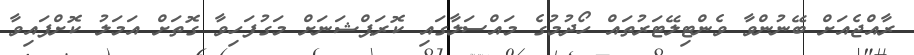
ރާއްޖެއަށް ބޭނުންވާ ވެންޓިލޭޓަރުތައް ހޯދުމުގެ މައްސަލާގައި ކޮރަޕްޝަނަށް މަގުފަހިވާ ގޮތަށް އަމަލު ކޮށްފައިވާ